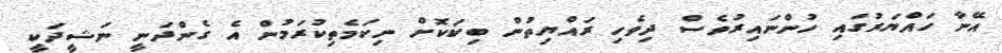
އޭނާ ހައްޔަރުގައި ހުންނައިރުވެސް ދިވެހި ރައްޔިތުން ބިކަކޮށް ނިކަމެތިކުރަމުން އެ ގެންދަނީ ނަޝީދަކީ